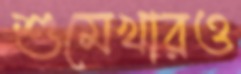
শুমেখারও